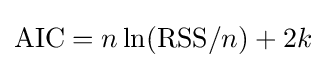
{\mbox{AIC}}=n\ln({\mbox{RSS}}/n)+2k